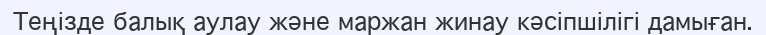
Теңізде балық аулау және маржан жинау кәсіпшілігі дамыған.